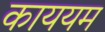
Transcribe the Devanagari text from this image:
काययम